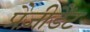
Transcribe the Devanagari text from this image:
प्रैज़ीडैंट